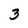
Character: 3